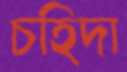
চহিদা